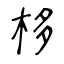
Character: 栘